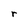
Character: r